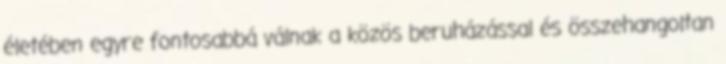
életében egyre fontosabbá válnak a közös beruházással és összehangoltan